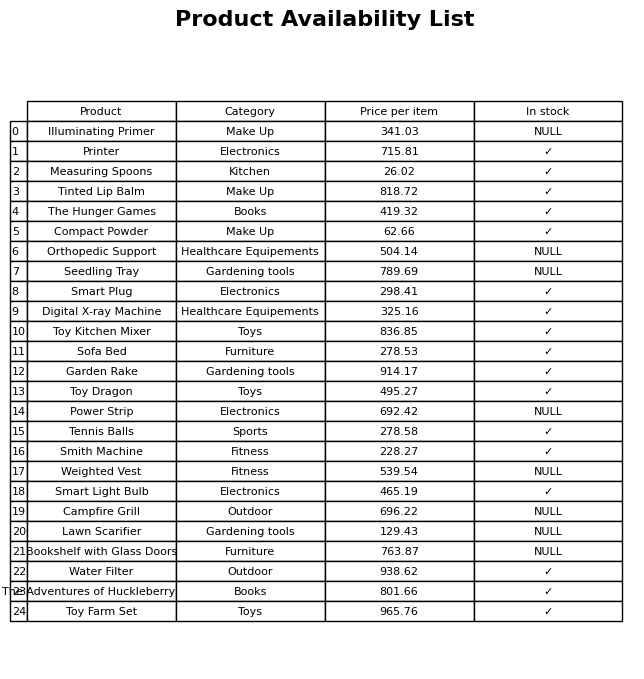
question: What is the price of the Measuring Spoons?
answer: The price of Measuring Spoons is 26.02.